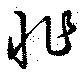
怍